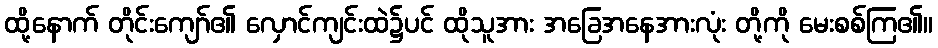
ထို့နောက် တိုင်းကျော်၏ လှောင်ကျင်းထဲ၌ပင် ထိုသူအား အခြေအနေအားလုံး တို့ကို မေးစစ်ကြ၏။